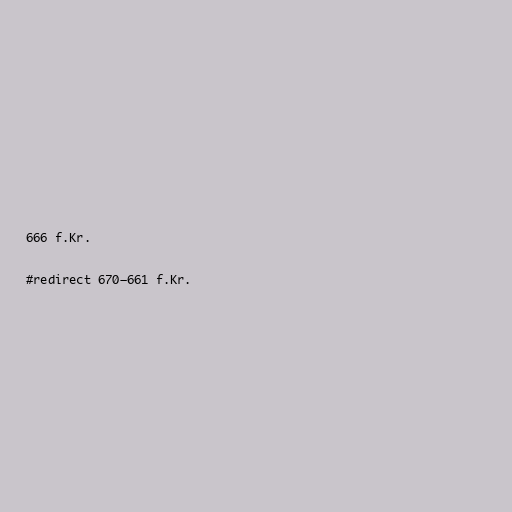
666 f.Kr.

#redirect 670–661 f.Kr.